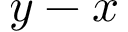
y - x